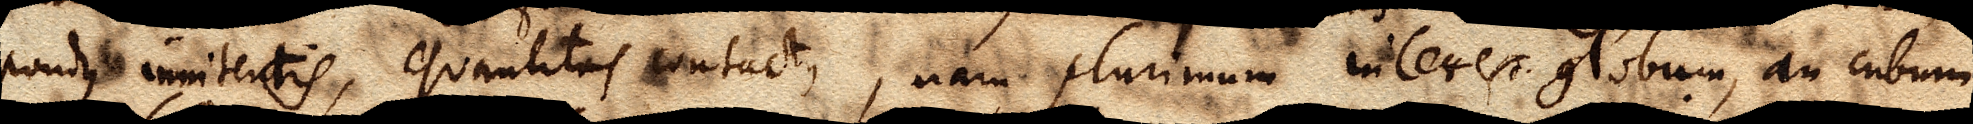
pondus innitentis, quantitas contactus, nam plurimum interest globum, an cubum